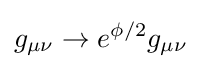
g_{\mu \nu }\rightarrow e^{\phi /2}g_{\mu \nu }